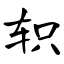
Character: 轵